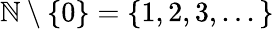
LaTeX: \mathbb{N}\setminus\left\{ 0\right\} =\{ 1,2,3,...\}